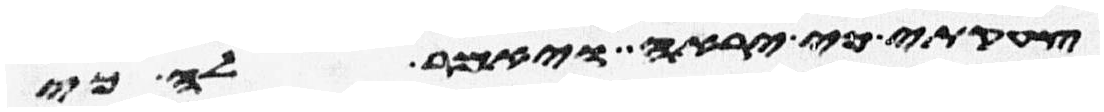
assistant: צחקתי כי יראה ויאמר לה כי